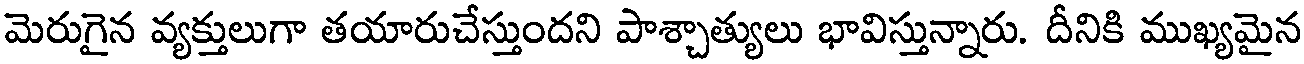
మెరుగైన వ్యక్తులుగా తయారుచేస్తుందని పాశ్చాత్యులు భావిస్తున్నారు. దీనికి ముఖ్యమైన